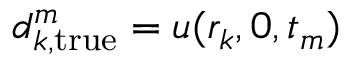
d _ { k , \mathrm { t r u e } } ^ { m } = u ( r _ { k } , 0 , t _ { m } )